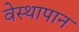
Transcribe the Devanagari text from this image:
वेस्थापान